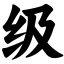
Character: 级